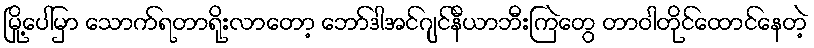
မြို့ပေါ်မှာ သောက်ရတာရိုးလာတော့ ဘော်ဒါအင်ဂျင်နီယာဘီးကြဲတွေ တာဝါတိုင်ထောင်နေတဲ့